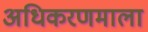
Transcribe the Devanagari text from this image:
अधिकरणमाला